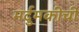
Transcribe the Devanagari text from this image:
मर्दुमकीची